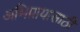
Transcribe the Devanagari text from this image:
अभिप्रायासाठी